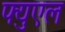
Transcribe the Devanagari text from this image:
फ्युएल